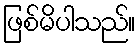
ဖြစ်မိပါသည်။